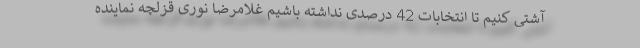
آشتی کنیم تا انتخابات 42 درصدی نداشته باشیم غلامرضا نوری قزلچه نماینده